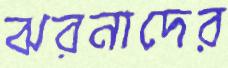
ঝরনাদের